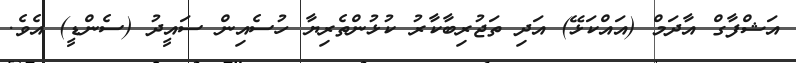
އަޝްފާގް އާދަމް (އައްކަޅޭ) އަދި ތަޖުރިބާކާރު ކުޅުންތެރިޔާ ހުސެއިން ސައީދު (ސެންޑީ) އެވެ.